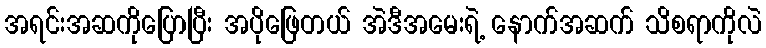
အရင်းအဆကိုပြောပြီး အပိုဖြေတယ် အဲဒီအမေးရဲ့ နောက်အဆက် သိစရာကိုလဲ